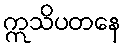
ဣသိပတနေ